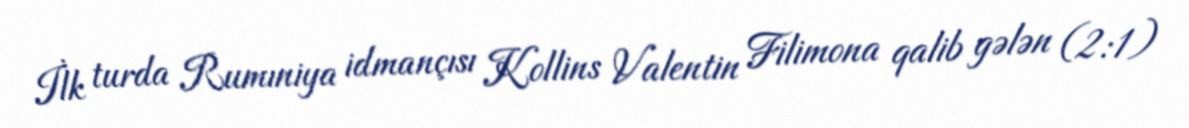
İlk turda Rumıniya idmançısı Kollins Valentin Filimona qalib gələn (2:1)